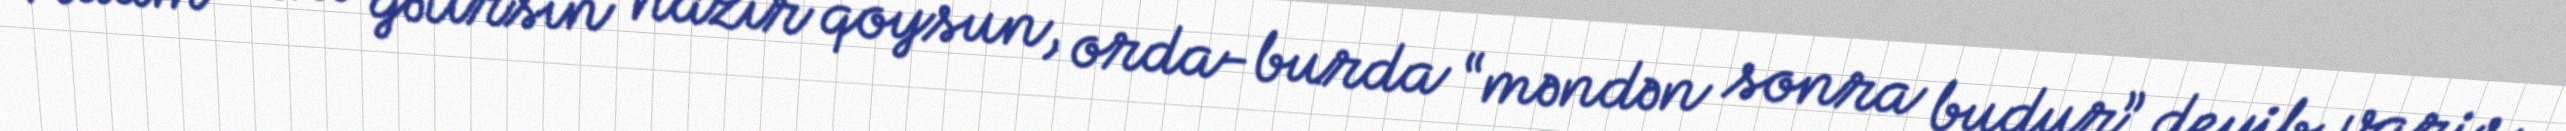
Adam səni gətirsin nazir qoysun, orda-burda “məndən sonra budur” deyib varis